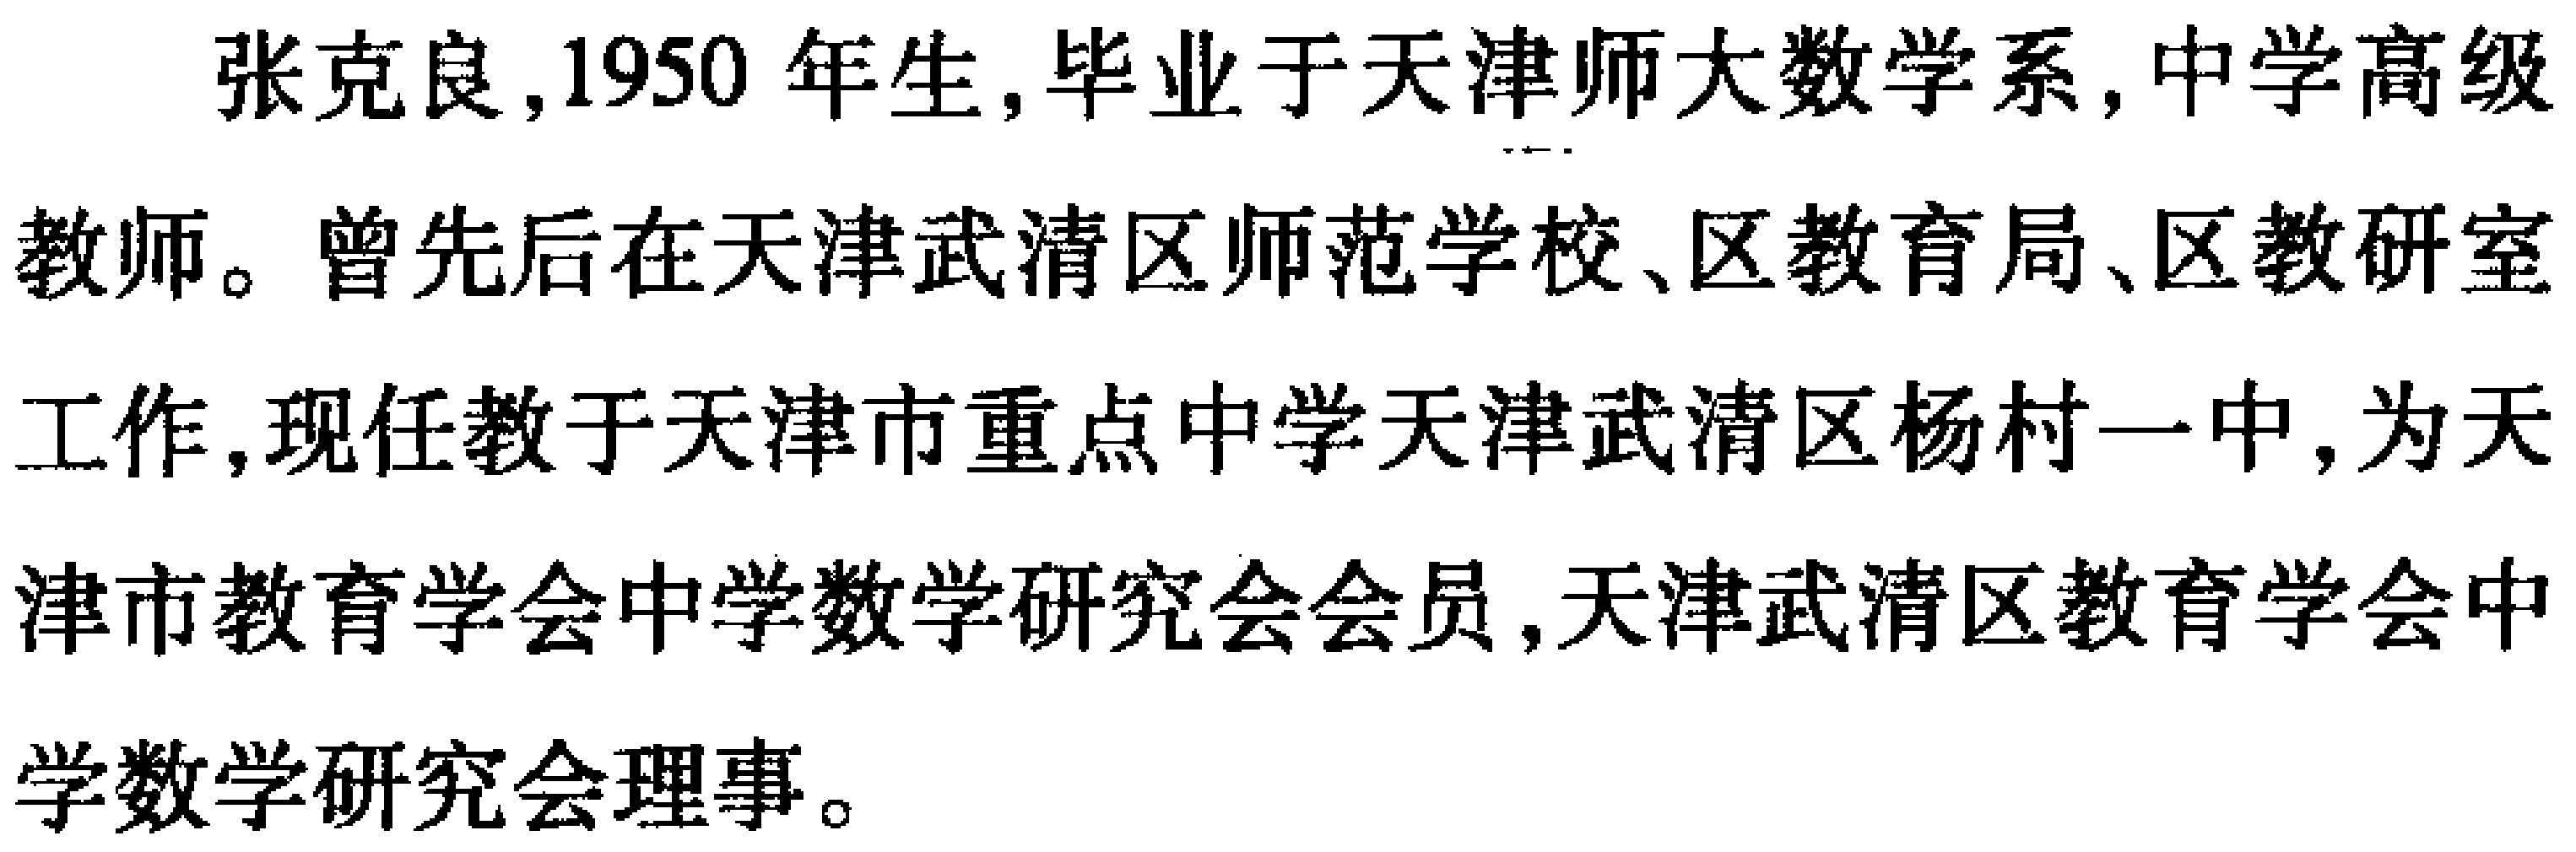
张克良,1950 年生,毕业于天津师大数学系,中学高级教师。曾先后在天津武清区师范学校、区教育局、区教研室工作,现任教于天津市重点中学天津武清区杨村一中,为天津市教育学会中学数学研究会会员,天津武清区教育学会中学数学研究会理事。